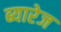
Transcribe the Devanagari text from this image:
ब्यारेज